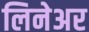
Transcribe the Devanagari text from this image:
लिनेअर